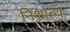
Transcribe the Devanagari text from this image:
निशान्थ